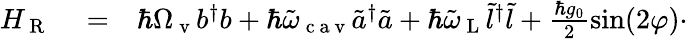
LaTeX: \begin{array}{rlr}{H_{\mathrm{~R~}}}&{{}=}&{\hbar\Omega_{\mathrm{~v~}}b^{\dagger}b+\hbar\tilde{\omega}_{\mathrm{~c~a~v~}}\tilde{a}^{\dagger}\tilde{a}+\hbar\tilde{\omega}_{\mathrm{~L~}}\tilde{l}^{\dagger}\tilde{l}+\frac{\hbar g_{0}}{2}\sin(2\varphi)\cdot}\end{array}